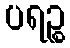
ပရဉ္စ